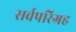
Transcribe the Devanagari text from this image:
सर्वपरिग्रह